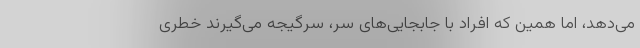
می‌دهد، اما همین که افراد با جابجایی‌های سر، سرگیجه می‌گیرند خطری